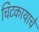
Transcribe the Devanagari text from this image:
चिटकायाचे